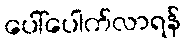
ပေါ်ပေါက်လာရန်